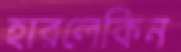
হারলেকিন